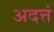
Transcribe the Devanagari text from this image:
अदत्तं